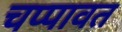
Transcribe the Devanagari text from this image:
चप्पावत